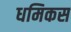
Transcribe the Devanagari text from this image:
धमिकस